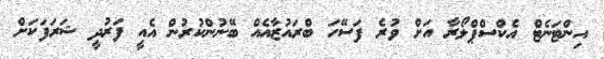
އިންޓަނެޓް އެކްސްޕްލޯރާ އަށް ވުރެ ފަސޭހަ ބްރައުޒާއެއް ބޭނުންކުރުން އެއީ ފަރުދީ ޝަރަފަކަށް